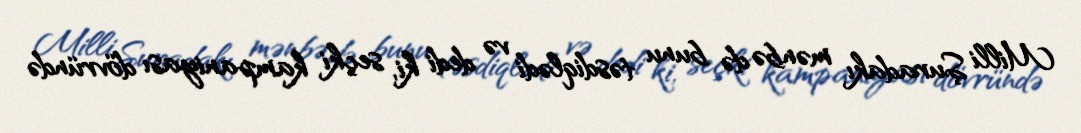
Milli Şuradakı mənbə də bunu təsdiqlədi və dedi ki, seçki kampaniyası dövründə